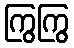
ကြွကြွ